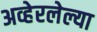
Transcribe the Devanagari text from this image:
अव्हेरलेल्या